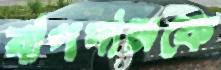
বাগদানকে